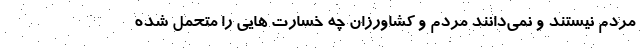
مردم نیستند و نمی‌دانند مردم و کشاورزان چه خسارت هایی را متحمل شده